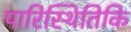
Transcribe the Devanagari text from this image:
पारिस्थितिकि